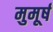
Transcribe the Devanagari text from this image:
मुमूर्ष